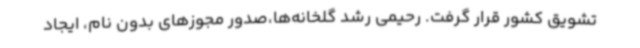
تشویق کشور قرار گرفت. رحیمی رشد گلخانه‌ها،صدور مجوزهای بدون نام، ایجاد